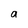
Character: a